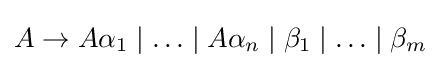
A\rightarrow A\alpha _{1}\mid \ldots \mid A\alpha _{n}\mid \beta _{1}\mid \ldots \mid \beta _{m}